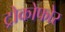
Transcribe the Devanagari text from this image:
ट्रोकोफोर